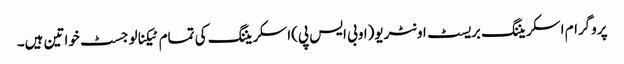
پروگرام اسکریننگ بریسٹ اونٹریو(اوبی ایس پی)اسکریننگ کی تمام ٹیکنالوجسٹ خواتین ہیں۔